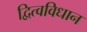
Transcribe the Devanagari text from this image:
द्वित्वविधान